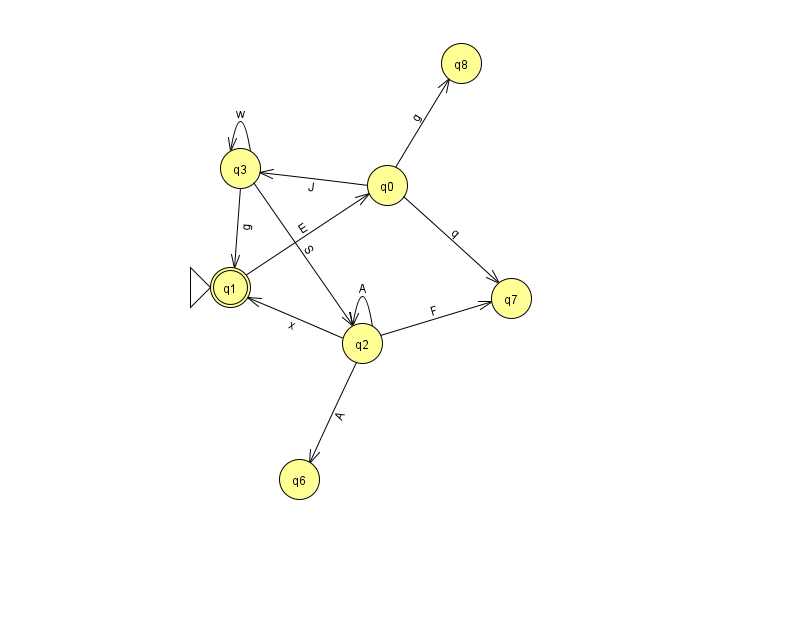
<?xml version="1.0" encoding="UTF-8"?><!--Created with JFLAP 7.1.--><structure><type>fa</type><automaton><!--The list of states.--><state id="0" name="q0"><x>387.0</x><y>172.0</y></state><state id="1" name="q1"><x>230.0</x><y>274.0</y><initial/><final/></state><state id="2" name="q2"><x>362.0</x><y>330.0</y></state><state id="3" name="q3"><x>240.0</x><y>155.0</y></state><state id="6" name="q6"><x>299.0</x><y>466.0</y></state><state id="7" name="q7"><x>511.0</x><y>285.0</y></state><state id="8" name="q8"><x>461.0</x><y>50.0</y></state><!--The list of transitions.--><transition><from>2</from><to>2</to><read>A</read></transition><transition><from>1</from><to>0</to><read>E</read></transition><transition><from>3</from><to>1</to><read>g</read></transition><transition><from>3</from><to>2</to><read>S</read></transition><transition><from>3</from><to>3</to><read>w</read></transition><transition><from>0</from><to>3</to><read>J</read></transition><transition><from>0</from><to>8</to><read>g</read></transition><transition><from>2</from><to>1</to><read>x</read></transition><transition><from>0</from><to>7</to><read>q</read></transition><transition><from>2</from><to>6</to><read>A</read></transition><transition><from>2</from><to>7</to><read>F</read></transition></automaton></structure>